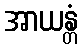
အာယန္တံ